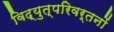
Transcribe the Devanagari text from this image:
विद्युत्परिवर्तनों